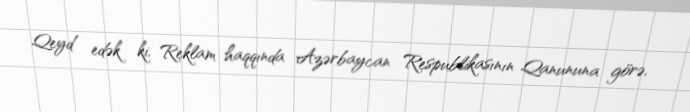
Qeyd edək ki, Reklam haqqında Azərbaycan Respublikasının Qanununa görə,